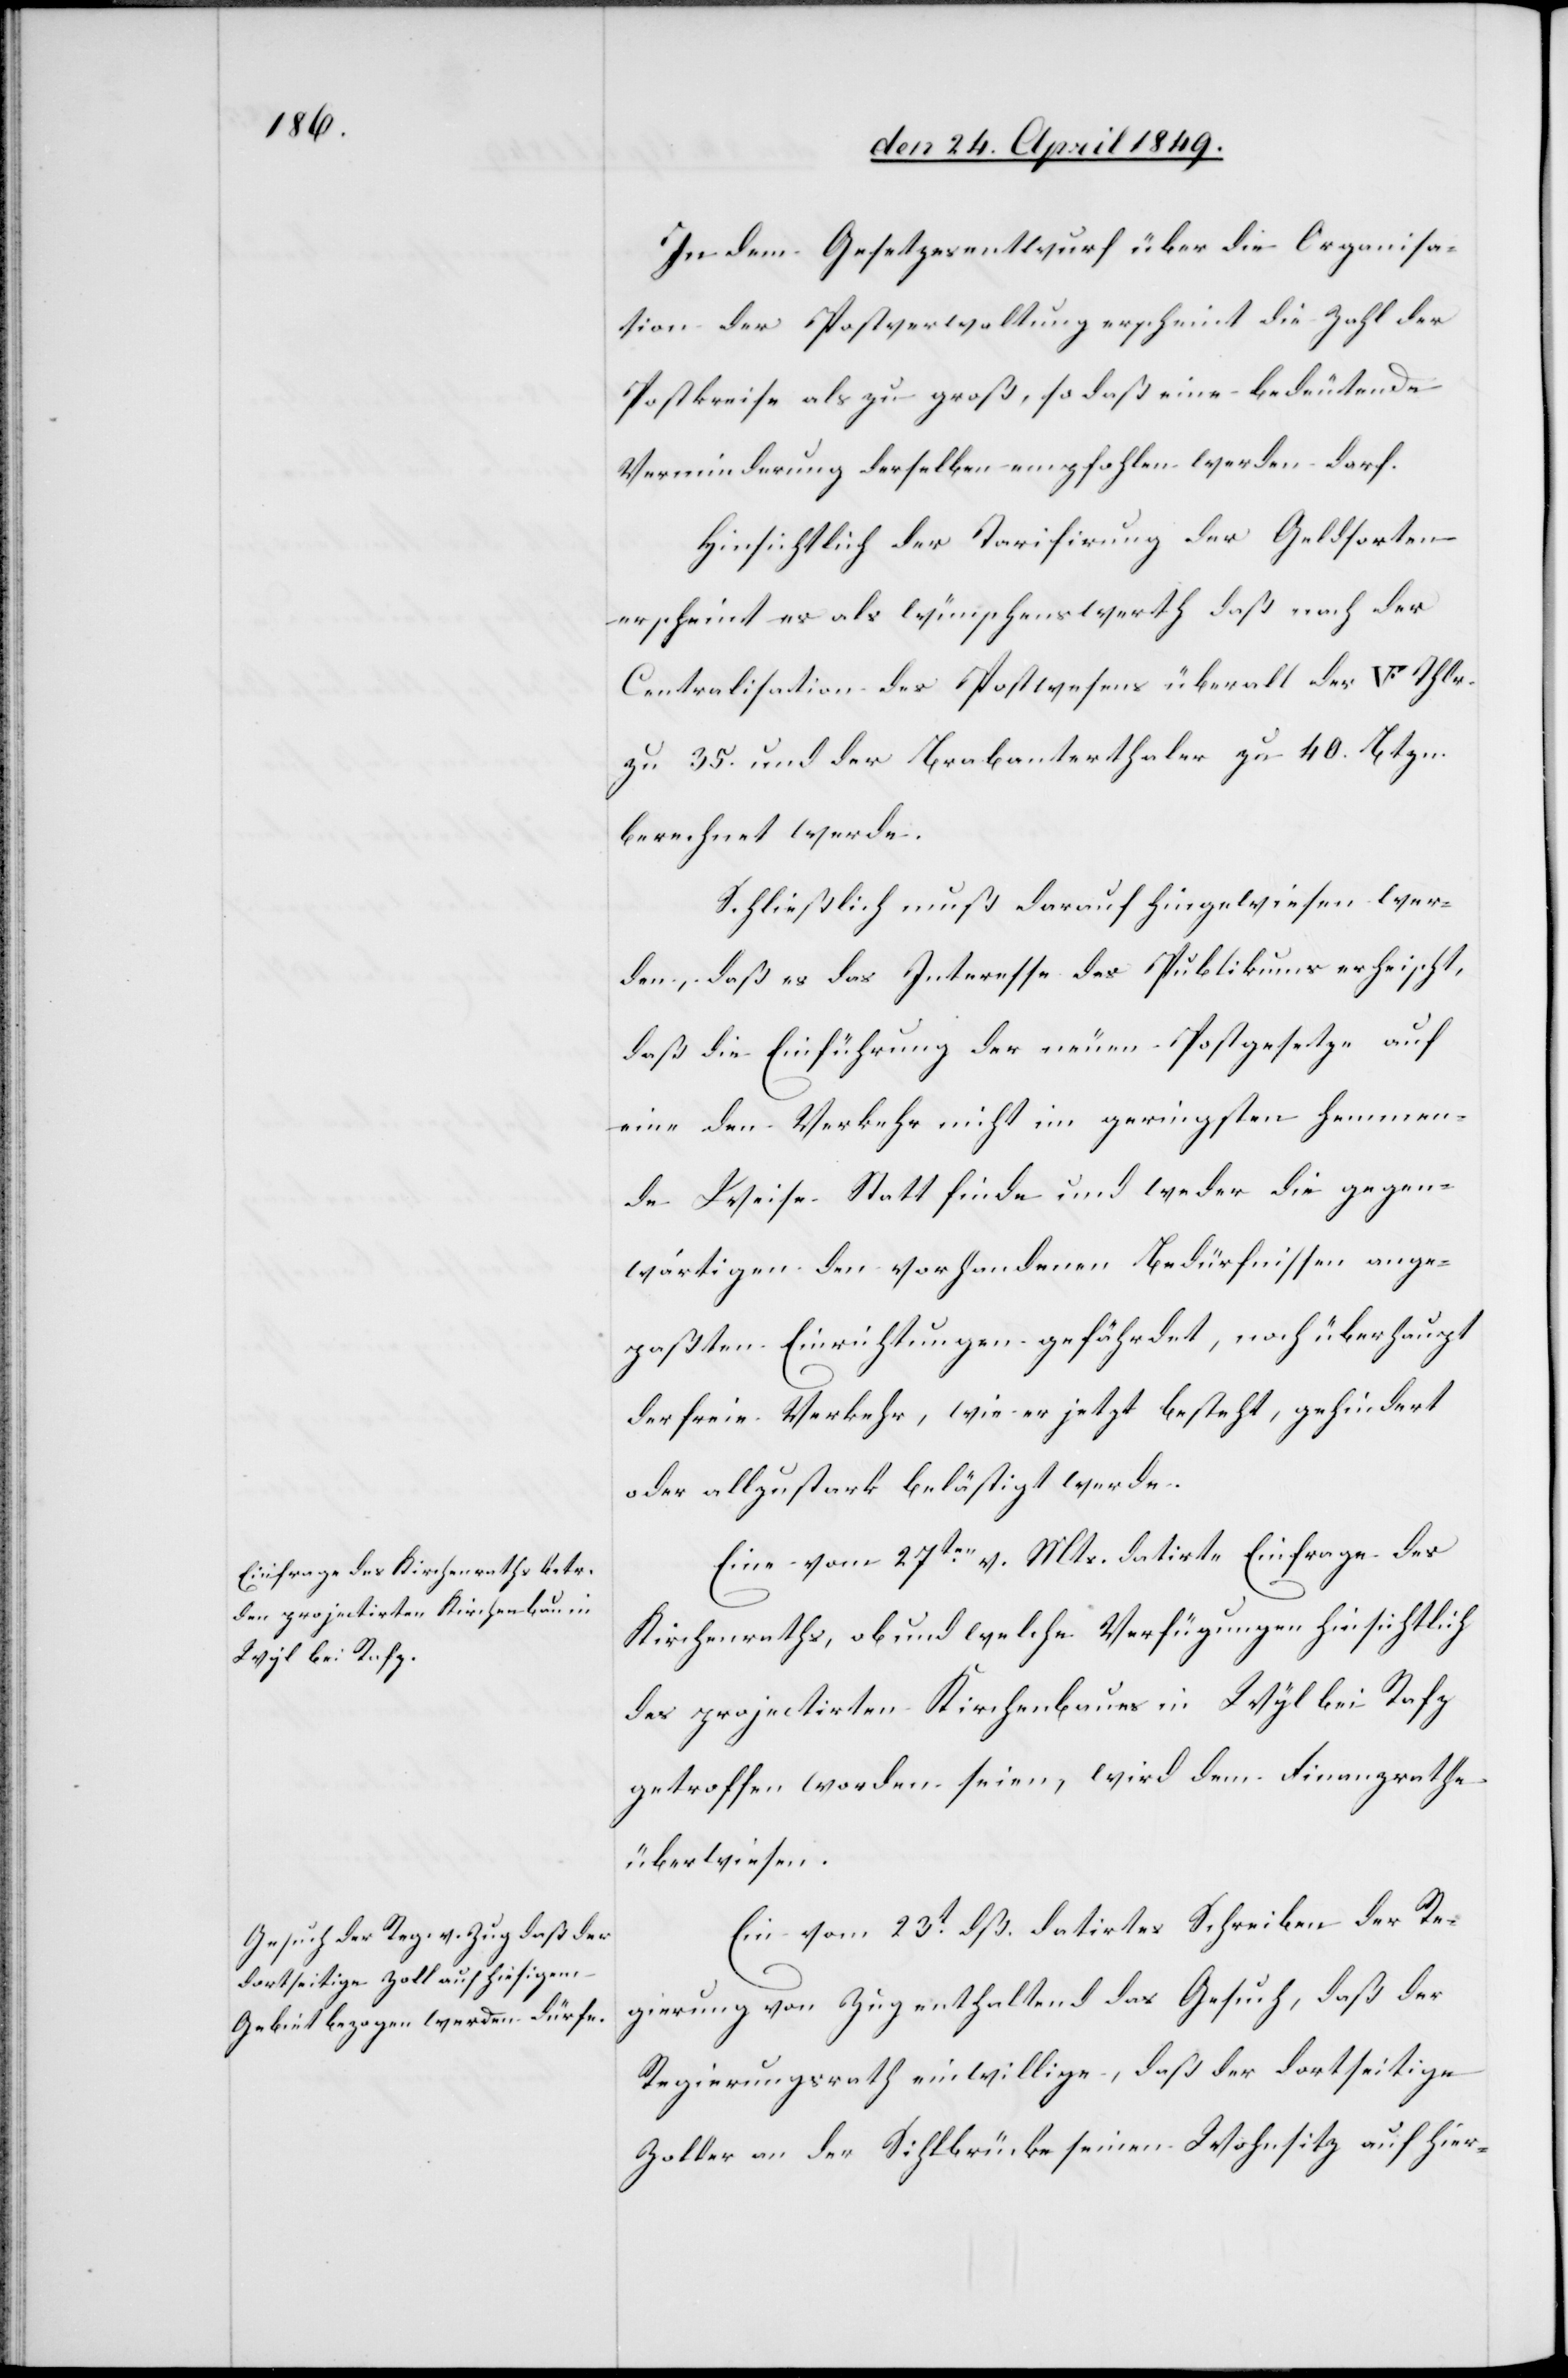
Eine vom 27ten v. M. datirte Einfrage des
Kirchenraths, ob und welche Verfügungen hinsichtlich
des projectirten Kirchenbaues in Wyl bei Rafz
getroffen worden seien, wird dem Finanzrathe
überwiesen.
Ein vom 23t dß. datirtes Schreiben der Re¬
gierung von Zug enthaltend das Gesuch, daß der
Regierungsrath einwillige, daß der dortseitige
Zoller an der Sihlbrücke seinen Wohnsitz auf hier-